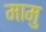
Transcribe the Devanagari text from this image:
मामु